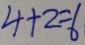
4 + 2 = 6